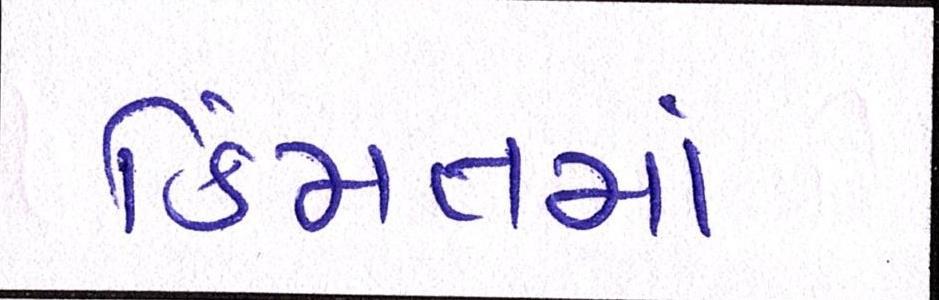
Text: કિંમતમાં